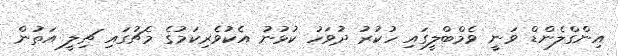
އިންގްލެންޑް ވަނީ ވެމްބްލީގައި ހުކުރު ދުވަހު ކުޅުނު އެކުވެރިކަމުގެ މެޗުގައި ޗިލީ އަތުން